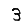
Digit: 3